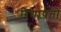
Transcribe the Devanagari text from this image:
रियाषतों